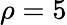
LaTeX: \rho=5